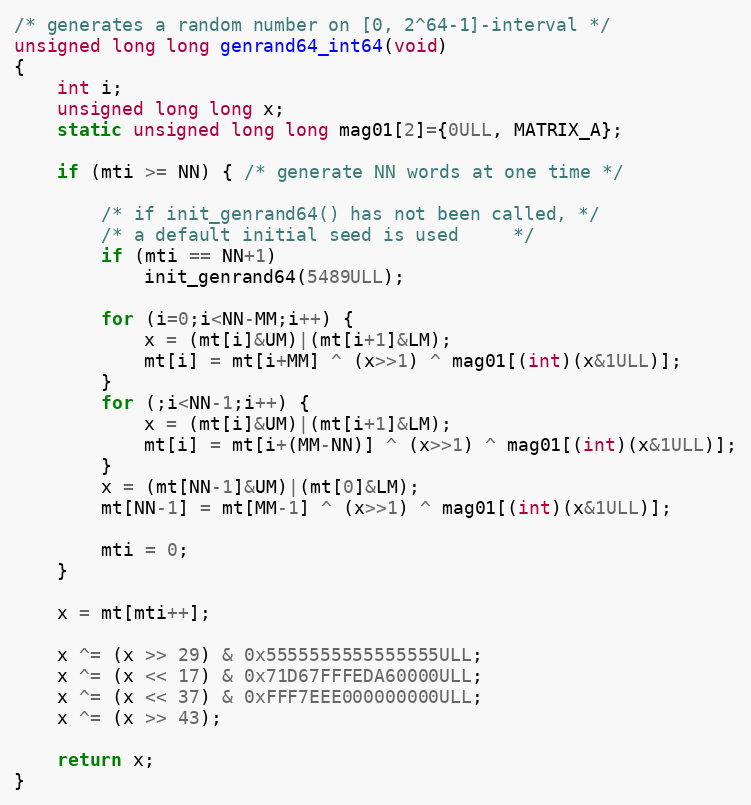
Language: C
/* generates a random number on [0, 2^64-1]-interval */
unsigned long long genrand64_int64(void)
{
    int i;
    unsigned long long x;
    static unsigned long long mag01[2]={0ULL, MATRIX_A};

    if (mti >= NN) { /* generate NN words at one time */

        /* if init_genrand64() has not been called, */
        /* a default initial seed is used     */
        if (mti == NN+1)
            init_genrand64(5489ULL);

        for (i=0;i<NN-MM;i++) {
            x = (mt[i]&UM)|(mt[i+1]&LM);
            mt[i] = mt[i+MM] ^ (x>>1) ^ mag01[(int)(x&1ULL)];
        }
        for (;i<NN-1;i++) {
            x = (mt[i]&UM)|(mt[i+1]&LM);
            mt[i] = mt[i+(MM-NN)] ^ (x>>1) ^ mag01[(int)(x&1ULL)];
        }
        x = (mt[NN-1]&UM)|(mt[0]&LM);
        mt[NN-1] = mt[MM-1] ^ (x>>1) ^ mag01[(int)(x&1ULL)];

        mti = 0;
    }

    x = mt[mti++];

    x ^= (x >> 29) & 0x5555555555555555ULL;
    x ^= (x << 17) & 0x71D67FFFEDA60000ULL;
    x ^= (x << 37) & 0xFFF7EEE000000000ULL;
    x ^= (x >> 43);

    return x;
}